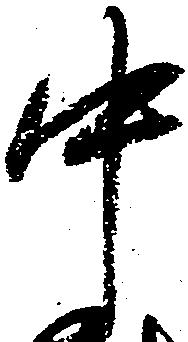
中